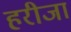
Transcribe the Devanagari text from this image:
हरीजा